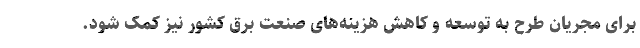
برای مجریان طرح به توسعه و کاهش هزینه‌های صنعت برق کشور نیز کمک شود.